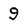
Character: 9